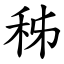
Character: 秭